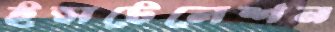
ইন্সটেলেশন